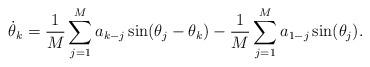
LaTeX: \begin{align*}\dot\theta_k = \frac 1M \sum_{j=1}^M a_{k-j} \sin(\theta_j-\theta_k)-\frac 1M \sum_{j=1}^M a_{1-j} \sin(\theta_j).\end{align*}